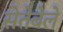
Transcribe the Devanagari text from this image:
सेतेबेले